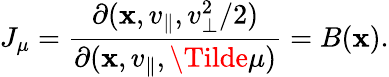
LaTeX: J_{\mu}=\frac{\partial(\mathbf{x},v_{\parallel},v_{\perp}^{2}/2)}{\partial(\mathbf{x},v_{\parallel},\Tilde{\mu})}=B(\mathbf{x}).